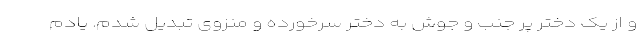
و از یک دختر پر جنب و جوش به دختر سرخورده و منزوی تبدیل شدم. یادم